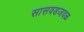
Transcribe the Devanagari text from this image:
सासवडजवळ